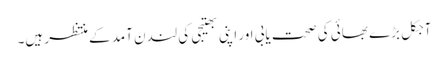
آجکل بڑے بھائی کی صحت یابی اور اپنی بھتیجی کی لندن آمد کے منتظر ہیں۔